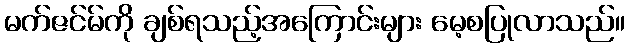
မက်ဇင်မ်ကို ချစ်ရသည့်အကြောင်းများ မေ့စပြုလာသည်။